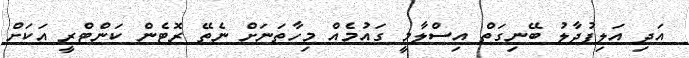
އަދި އަލިފުދާލު ބޭނިގަތް އިސްލާމީ ގައުމެއް މިހާތަނަށް ނެތޭ ރޮޓެން ކަންޓްރީ އަކަށް